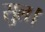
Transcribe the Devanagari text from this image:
सुल।